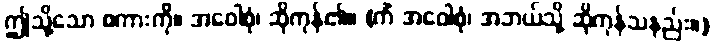
ဤသို့သော စကားကို။ အဝေါစုံ၊ ဆိုကုန်၏။ (ကိံ အဝေါစုံ၊ အဘယ်သို့ ဆိုကုန်သနည်း။)